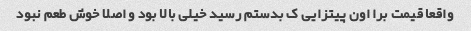
واقعا قیمت برا اون پیتزایی ک بدستم رسید خیلی بالا بود و اصلا خوش طعم نبود